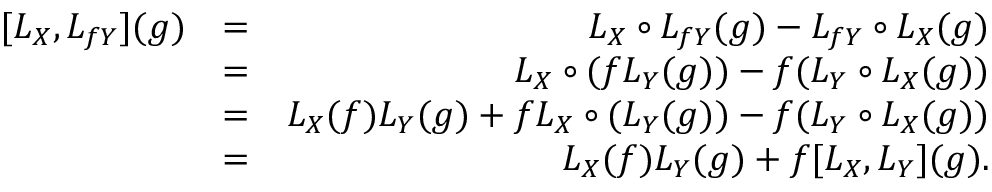
\begin{array} { r l r } { [ L _ { X } , L _ { f Y } ] ( g ) } & { = } & { L _ { X } \circ L _ { f Y } ( g ) - L _ { f Y } \circ L _ { X } ( g ) } \\ & { = } & { L _ { X } \circ ( f L _ { Y } ( g ) ) - f ( L _ { Y } \circ L _ { X } ( g ) ) } \\ & { = } & { L _ { X } ( f ) L _ { Y } ( g ) + f L _ { X } \circ ( L _ { Y } ( g ) ) - f ( L _ { Y } \circ L _ { X } ( g ) ) } \\ & { = } & { L _ { X } ( f ) L _ { Y } ( g ) + f [ L _ { X } , L _ { Y } ] ( g ) . } \end{array}